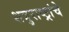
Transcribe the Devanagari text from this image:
शत्रुराष्ट्रांचे